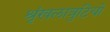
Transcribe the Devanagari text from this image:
श्रृंखलात्रुटियों